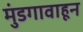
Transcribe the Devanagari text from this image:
मुंडगावाहून